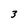
Character: 3